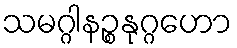
သမဂ္ဂါနဉ္စနုဂ္ဂဟော